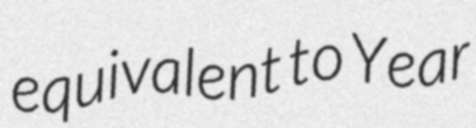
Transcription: equivalent to Year